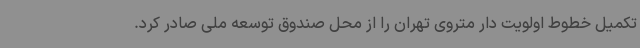
تکمیل خطوط اولویت دار متروی تهران را از محل صندوق توسعه ملی صادر کرد.